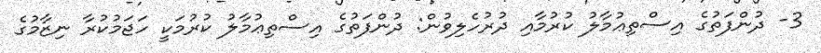
3- ދުންފަތުގެ އިސްތިޢުމާލު ކުރުމާއި ދުރުހެލިވުން: ދުންފަތުގެ އިސްތިޢުމާލު ކުރުމަކީ ހަޖަމުކުރާ ނިޒާމުގެ